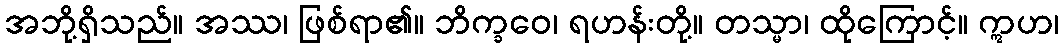
အဘို့ရှိသည်။ အဿ၊ ဖြစ်ရာ၏။ ဘိက္ခဝေ၊ ရဟန်းတို့။ တသ္မာ၊ ထိုကြောင့်။ ဣဟ၊